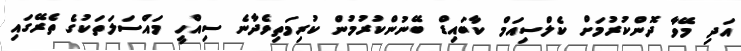
އަދި މޭވާ ދޮންކުރުމަށް ކެލްސިއަމް ކާބައިޑް ބޭނުންކުރުމުން ކުރިމަތިވެދާނެ ސިއްހީ މައްސަލަތަކުގެ ތެރޭގައި